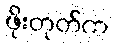
ဖိုးတုတ်က